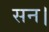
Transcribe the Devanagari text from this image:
सन।